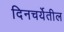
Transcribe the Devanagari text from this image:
दिनचर्येतील